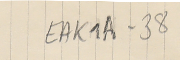
EAK1A-38